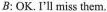
B: OK.I'll miss them.